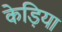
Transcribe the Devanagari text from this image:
केड़िया